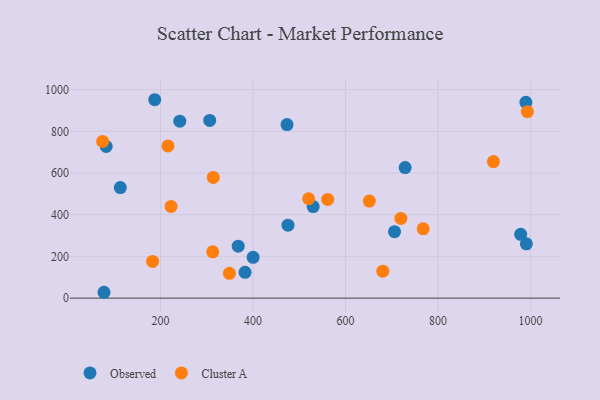
{"axis": {"x": "Experience", "y": "Rating"}, "legend": ["Cluster A", "Observed"], "data": [{"x": "529.9", "y": 438.9, "type": "Observed"}, {"x": "473.4", "y": 832.2, "type": "Observed"}, {"x": "367.9", "y": 249.3, "type": "Observed"}, {"x": "82.5", "y": 727.7, "type": "Observed"}, {"x": "990.8", "y": 260.6, "type": "Observed"}, {"x": "978.5", "y": 306.0, "type": "Observed"}, {"x": "728.8", "y": 626.0, "type": "Observed"}, {"x": "187.4", "y": 951.4, "type": "Observed"}, {"x": "306.3", "y": 852.3, "type": "Observed"}, {"x": "77.8", "y": 28.1, "type": "Observed"}, {"x": "475.5", "y": 349.7, "type": "Observed"}, {"x": "113.0", "y": 530.2, "type": "Observed"}, {"x": "241.6", "y": 848.5, "type": "Observed"}, {"x": "382.7", "y": 124.0, "type": "Observed"}, {"x": "989.8", "y": 938.7, "type": "Observed"}, {"x": "705.8", "y": 318.6, "type": "Observed"}, {"x": "400.1", "y": 195.7, "type": "Observed"}, {"x": "74.8", "y": 751.5, "type": "Cluster A"}, {"x": "993.0", "y": 894.3, "type": "Cluster A"}, {"x": "520.1", "y": 476.5, "type": "Cluster A"}, {"x": "767.8", "y": 332.5, "type": "Cluster A"}, {"x": "314.0", "y": 578.7, "type": "Cluster A"}, {"x": "680.5", "y": 129.4, "type": "Cluster A"}, {"x": "651.3", "y": 465.6, "type": "Cluster A"}, {"x": "182.8", "y": 175.8, "type": "Cluster A"}, {"x": "312.8", "y": 222.3, "type": "Cluster A"}, {"x": "348.9", "y": 118.8, "type": "Cluster A"}, {"x": "216.0", "y": 730.1, "type": "Cluster A"}, {"x": "719.5", "y": 382.0, "type": "Cluster A"}, {"x": "919.6", "y": 654.7, "type": "Cluster A"}, {"x": "561.3", "y": 473.2, "type": "Cluster A"}, {"x": "222.7", "y": 440.0, "type": "Cluster A"}]}